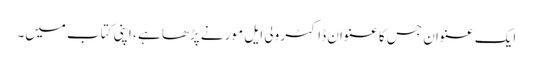
ایک عنوان جس کا عنوان ڈاکٹر ولی ایل مور نے پڑھا ہے ، اپنی کتاب میں۔